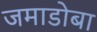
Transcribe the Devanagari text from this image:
जमाडोबा